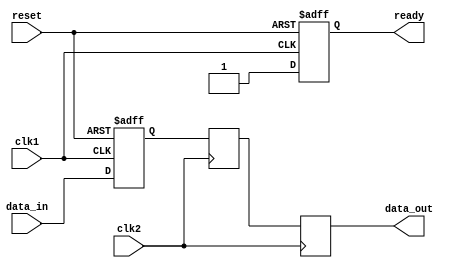
module Synchronizer (
  input wire clk1, // clock signal for domain 1
  input wire clk2, // clock signal for domain 2
  input wire reset, // asynchronous reset signal
  input wire data_in, // data input signal
  output reg data_out, // synchronized data output signal
  output reg ready // handshaking signal
);

reg flop1, flop2;

// Synchronize data from domain 1 to domain 2
always @(posedge clk1 or posedge reset) begin
  if (reset) begin
    flop1 <= 1'b0;
  end else begin
    flop1 <= data_in;
  end
end

// Synchronize data from domain 2 to domain 1
always @(posedge clk2) begin
  flop2 <= flop1;
end

// Handshaking logic
always @(posedge clk1 or posedge reset) begin
  if (reset) begin
    ready <= 1'b0;
  end else begin
    ready <= 1'b1;
  end
end

// Assign synchronized data output
always @(posedge clk2) begin
  data_out <= flop2;
end

endmodule